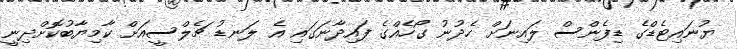
ޔުނައިޓެޑްގެ ޑިފެންސް ލައިނަށް ހެދުނު ގޯހެއްގެ ފައިދާނަގައި އެ ލަނޑު ޗެލްސީއަށް ކާމިޔާބުކޮށްދިނީ